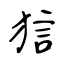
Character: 狺